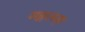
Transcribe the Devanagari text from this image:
मङ्गलम्।